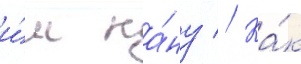
и́м ка́ну // Ка́к